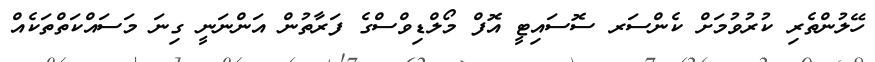
ހޭލުންތެރި ކުރުވުމަށް ކެންސަރ ސޮސައިޓީ އޮފް މޯލްޑިވްސްގެ ފަރާތުން އަންނަނީ ގިނަ މަސައްކަތްތަކެއް